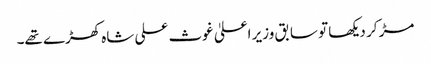
مڑ کر دیکھا تو سابق وزیر اعلیٰ غوث علی شاہ کھڑے تھے۔